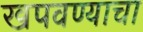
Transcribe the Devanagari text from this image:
खपवण्याचा